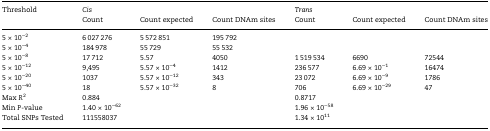
| <ROWSPAN=2> Threshold | <COLSPAN=3> Cis | <COLSPAN=3> Trans |
 | Count | Count expected | Count DNAm sites | Count | Count expected | Count DNAm sites |
 | --- | --- | --- | --- | --- | --- | --- |
 | 5 × 10−2 | 6 027 276 | 5 572 851 | 195 792 |  |  |  |
 | 5 × 10−4 | 184 978 | 55 729 | 55 532 |  |  |  |
 | 5 × 10−8 | 17 712 | 5.57 | 4050 | 1 519 534 | 6690 | 72544 |
 | 5 × 10−12 | 9,495 | 5.57 × 10−4 | 1412 | 236 577 | 6.69 × 10−1 | 16474 |
 | 5 × 10−20 | 1037 | 5.57 × 10−12 | 343 | 23 072 | 6.69 × 10−9 | 1786 |
 | 5 × 10−40 | 18 | 5.57 × 10−32 | 8 | 706 | 6.69 × 10−29 | 47 |
 | Max R2 | 0.884 |  |  | 0.8717 |  |  |
 | Min P-value | 1.40 × 10−62 |  |  | 1.96 × 10−58 |  |  |
 | Total SNPs Tested | 111558037 |  |  | 1.34 × 1011 |  |  |